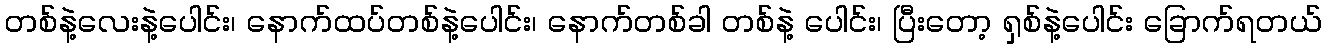
တစ်နဲ့လေးနဲ့ပေါင်း၊ နောက်ထပ်တစ်နဲ့ပေါင်း၊ နောက်တစ်ခါ တစ်နဲ့ ပေါင်း၊ ပြီးတော့ ရှစ်နဲ့ပေါင်း ခြောက်ရတယ်